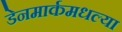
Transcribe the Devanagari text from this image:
डेनमार्कमधल्या